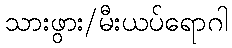
သားဖွား/မီးယပ်ရောဂါ